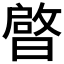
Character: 𭨠